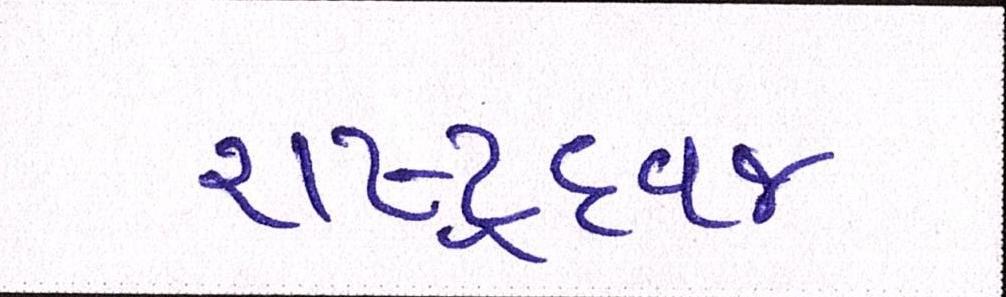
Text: રાષ્ટ્રધ્વજ